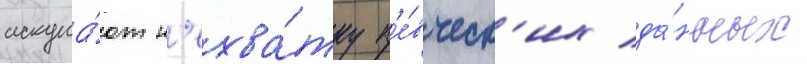
искупа́ют н'ехва́тку п'е́вческ'их да́нных